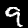
Digit: 9